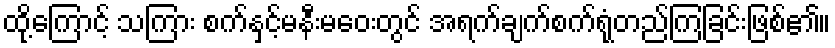
ထို့ကြောင့် သကြား စက်နှင့်မနီးမဝေးတွင် အရက်ချက်စက်ရုံတည်ကြခြင်းဖြစ်၏။